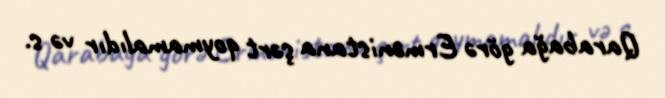
Qarabağa görə Ermənistana şərt qoymamalıdır və s.